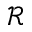
\mathcal { R }